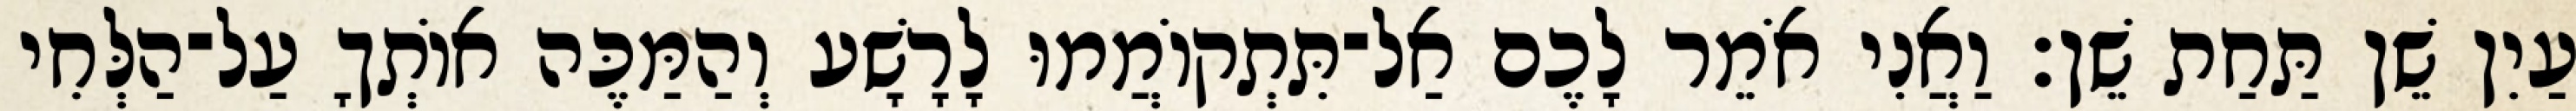
עַיִן שֵׁן תַּחַת שֵׁן׃ וַאֲנִי אֹמֵר לָכֶם אַל־תִּתְקוֹמֲמוּ לָרָשָׁע וְהַמַּכֶּה אוֹתְךָ עַל־הַלְּחִי